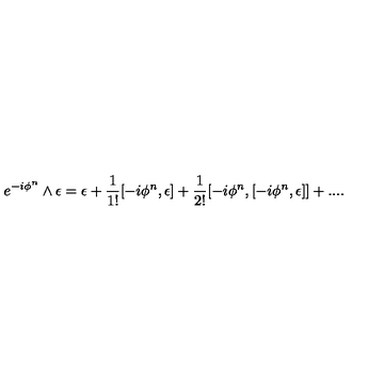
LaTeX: e ^ { - i \phi ^ { n } } \wedge \epsilon = \epsilon + \frac { 1 } { 1 ! } [ - i \phi ^ { n } , \epsilon ] + \frac { 1 } { 2 ! } [ - i \phi ^ { n } , [ - i \phi ^ { n } , \epsilon ] ] + . . . . \nonumber